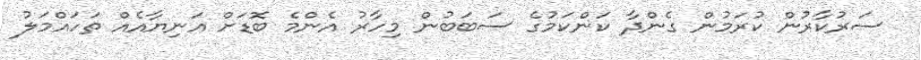
ސަރުކާރުން ކުރަމުން ގެންދާ ކަންކަމުގެ ސަބަބުން މިހާރު އެންމެ ބޮޑަށް އަނިޔާއެއް ތަހައްމަލު